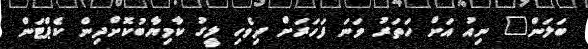
ބަލަން" ނިއު އަށް ހަތަރު ވަނަ ފަހަރަށް ދިވެހި ލީގު ކާމިޔާބުކޮށްދިން ކެޕްޓަން